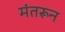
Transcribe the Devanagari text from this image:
मंतरून